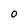
Character: O